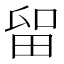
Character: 𱰴